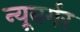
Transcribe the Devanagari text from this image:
न्यूबर्गर